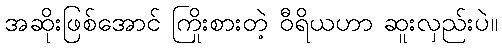
အဆိုးဖြစ်အောင် ကြိုးစားတဲ့ ဝီရိယဟာ ဆူးလှည်းပဲ။